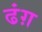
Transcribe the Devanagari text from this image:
ढंग़